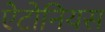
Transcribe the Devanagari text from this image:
ऐटोनियस